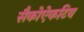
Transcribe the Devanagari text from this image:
सैकोऐकटिव